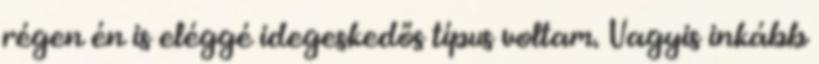
régen én is eléggé idegeskedős típus voltam. Vagyis inkább